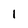
Character: 1